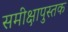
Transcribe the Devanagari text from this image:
समीक्षापुस्तक